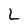
Character: L